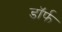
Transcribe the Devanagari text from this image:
डॉर्फ